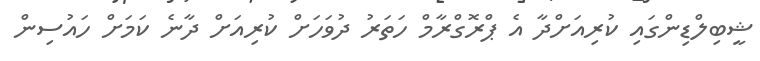
ޝީބިލްޑިންގައި ކުރިއަށްދާ އެ ޕްރޮގްރާމް ހަތަރު ދުވަހަށް ކުރިއަށް ދާނެ ކަމަށް ހައުސިން